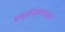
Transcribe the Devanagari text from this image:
प्रदर्शनात्मकता